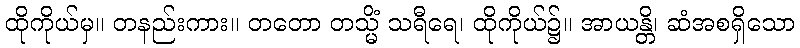
ထိုကိုယ်မှ။ တနည်းကား။ တတော တသ္မိံ သရီရေ၊ ထိုကိုယ်၌။ အာယန္တိ၊ ဆံအစရှိသော